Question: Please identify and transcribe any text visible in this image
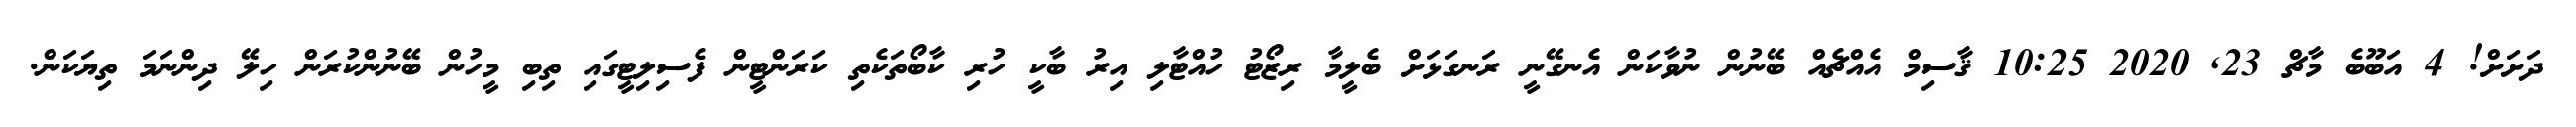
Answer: ދަށަށް! 4 އަބޫބެ މާޗް 23, 2020 10:25 ޤާސިމް އެއްޗެއް ބޭނުން ނުވާކަން އެނގޭނީ ރަނގަޅަށް ބެލީމާ ރިޒޯޓު ހުއްޓާލި އިރު ބާކީ ހުރި ކާބޯތަކެތި ކަރަންޓީން ފެސިލިޓީގައި ތިބި މީހުން ބޭނުންކުރަން ހިލޭ ދިންނަމަ ތިޔަކަން.